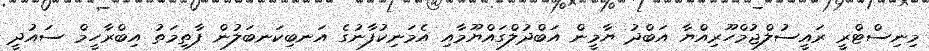
މިނިސްޓްރީ ރައީސުލްޖުމްހޫރިއްޔާ އަބްދު ޔާމީން އަބްދުލްގައްޔޫމާއި އެމަނިކުފާނުގެ އަނބިކަނބަލުން ފާތިމަތު އިބްރާހީމް ސައުދީ